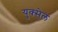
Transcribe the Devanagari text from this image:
युक्सेल